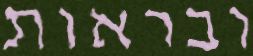
ובראות